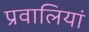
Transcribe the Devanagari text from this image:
प्रवालियां